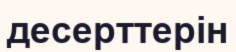
десерттерін